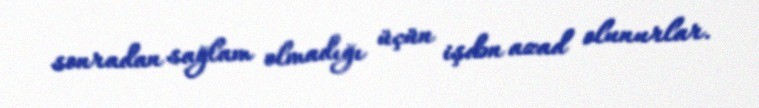
sonradan sağlam olmadığı üçün işdən azad olunurlar.